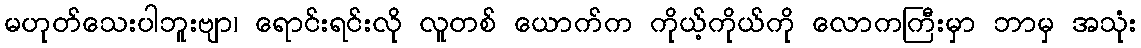
မဟုတ်သေးပါဘူးဗျာ၊ ရောင်းရင်းလို လူတစ် ယောက်က ကိုယ့်ကိုယ်ကို လောကကြီးမှာ ဘာမှ အသုံး